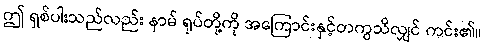
ဤ ရှစ်ပါးသည်လည်း နာမ် ရုပ်တို့ကို အကြောင်းနှင့်တကွသိလျှင် ကင်း၏။